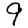
Digit: 9